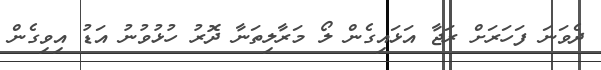
ދެވަނަ ފަހަރަށް ރަޖާ އަޅައިގެން ލޯ މަރާލިތަނާ ދޮރު ހުޅުވުނު އަޑު އިވިގެން